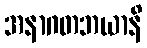
အနာဂတဘယာနိ